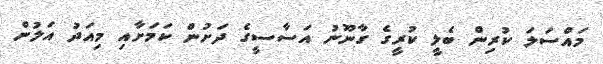
މައްސަލަ ކުރިން ބެލީ ކުރީގެ ގާނޫނު އަސާސީގެ ދަށުން ކަމަށާއި މިއަދު އަލުން